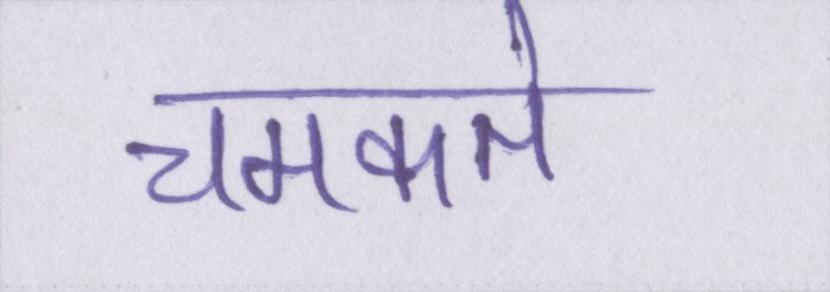
चमकते